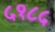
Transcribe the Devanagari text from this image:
५१८५